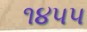
૧૪૫૫